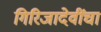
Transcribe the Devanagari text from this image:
गिरिजादेवींचा